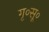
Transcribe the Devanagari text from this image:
गृ०सू०